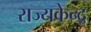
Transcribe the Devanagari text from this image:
राज्यकेन्द्र